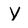
Character: Y